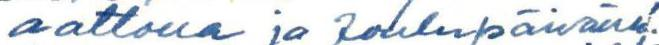
aattona ja Joulupäivänä.